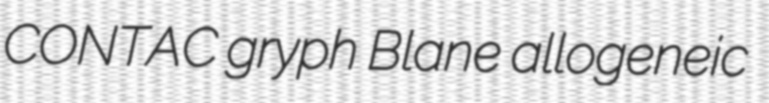
CONTAC gryph Blane allogeneic